Report on vaccination in Madras 1895-1903 - 1895-1903
Year: 1895
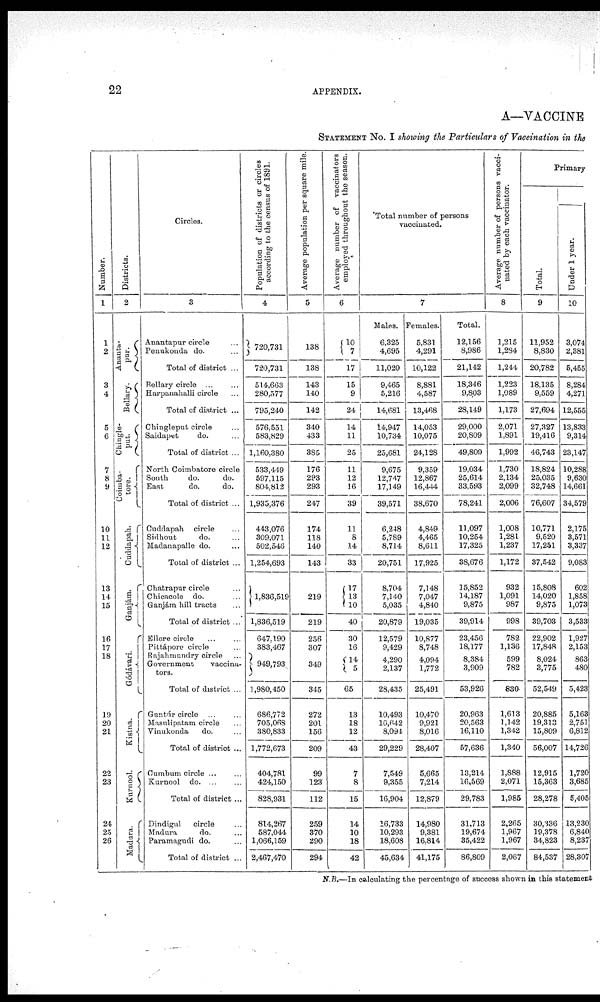
22
APPENDIX.
A—VACCINE
STATEMENT No. I showing the Particulars of Vaccination in the
Number.
1
1
2
3
4
5
6
7
8
9
10
11
12
13
14
15
16
17
18
19
20
21
22
23
24
25
26
Districts.
2
Ananta-
per.
Bellary.
Chingle-
put.
Coimba-
tore.
Cuddapah.
Ganjám.
Gódávari.
Kistna.
Kurnool.
Madura.
Circles.
3
Anantapur circle...
Penukonda do. ...
Total of district ...
Bellary circle ... ...
Harpanahalli circle ...
Total of district ...
Chingleput circle ...
Saidapet
do. ...
Total of district ...
North Coimbatore circle
South
do.
do.
East
do.
do.
Total of district ...
Cuddapah circle
Sidhout
do. ...
Madanapalle do. ...
Total of district ...
Chatrapur circle ...
Chicacole do. ...
Ganjám hill tracts ...
Total of district ...
Ellore circle...
Pittápore circle ...
Rajahmundry circle ...
Government
vaccina-
tors.
Total of district ...
Guntúr circle ... ...
Masnlipatam circle...
Vinukonda
do. ...
Total of district ...
Cumbum circle ... ...
Kuraool do. ...
Total of district ...
Dindigul circle...
Madura
do.
Paramagudi do. ...
Total of district ...
Population of districts or circles
according to the census of 1891.
4
720,731
720,731
514,663
280,577
795,240
576,551
583,829
1,160,380
533,449
597,115
804,812
1,935,376
443,076
309,071
502,546
1,254,693
1,836,519
1,836,519
647,190
383,467
949,793
1,980,450
686,772
705,068
380,833
1,772,673
404,781
424,150
828,931
814,267
587,044
1,066,159
2,467,470
Average population per square mile.
5
138
138
143
140
142
340
433
385
176
293
293
247
174
118
140
143
219
219
256
307
349
345
272
201
156
209
99
123
112
259
370
290
294
Average number of vaccinators
employed throughout the season.
6
10
7
17
15
9
24
14
11
25
11
12
16
39
11
8
14
33
17
13
10
40
30
16
14
5
65
13
18
12
43
7
8
15
14
10
18
42
Total number of persons
vaccinated.
Males.
6,325
4,695
11,020
9,465
5,216
14,681
14,947
10,734
25,681
9,675
12,747
17,149
39,571
6,248
5,789
8,714
20,751
8,704
7,140
5,035
20,879
12,579
9,429
4,290
2,137
28,435
10,493
10,642
8,094
29,229
7,549
9,355
16,904
16,733
10,293
18,608
45,634
7
Females.
5,831
4,291
10,122
8,881
4,587
13,468
14,053
10,075
24,128
9,359
12,867
16,444
38,670
4,849
4,465
8,611
17,925
7,148
7,047
4,840
19,035
10,877
8,748
4,094
1,772
25,491
10,470
9,921
8,016
28,407
5,665
7,214
12,879
14,980
9,381
16,814
41,175
Total.
12,156
8,986
21,142
18,346
9,803
28,149
29,000
20,809
49,809
19,034
25,614
33,593
78,241
11,097
10,254
17,325
38,676
15,852
14,187
9,875
39,914
23,456
18,177
8,384
3,909
53,926
20,963
20,563
16,110
57,636
13,214
16,569
29,783
31,713
19,674
35,422
86,809
Average number of persons vacci-
nated by each vaccinator.
8
1,215
1,284
1,244
1,223
1,089
1,173
2,071
1,891
1,992
1,730
2,134
2,099
2,006
1,008
1,281
1,237
1,172
932
1,091
987
998
782
1,136
599
782
830
1,613
1,142
1,342
1,340
1,888
2,071
1,985
2,265
1,967
1,967
2,067
Primary
Total.
9
11,952
8,830
20,782
18,135
9,559
27,694
27,327
19,416
46,743
18,824
25,035
32,748
76,607
10,771
9,520
17,251
37,542
15,808
14,020
9,875
39,703
22,902
17,848
8,024
3,775
52,549
20,885
19,313
15,809
56,007
12,915
15,363
28,278
30,336
19,378
34,823
84,537
Under 1 year.
10
3,074
2,381
5,455
8,284
4,271
12,555
13,833
9,314
23,147
10,288
9,630
14,661
34,579
2,175
3,571
3,337
9,083
602
1,858
1,073
3,533
1,927
2,153
863
480
5,423
5,163
2,751
6,812
14,726
1,720
3,685
5,405
13,230
6,840
8,237
28,307
N.B.—In calculating the percentage of success shown in this statement